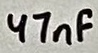
Text: 47nF